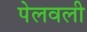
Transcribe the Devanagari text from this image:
पेलवली